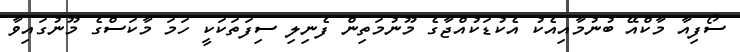
ސޯފިއާ މާކްއޭ ބުނުމާއިއެކު އެކުޑަކުއްޖާގެ މޫނުމަތިން ފެނިލި ސިފަތަކަކީ ހަމަ މާކަސްގެ މޫނުގައިވާ